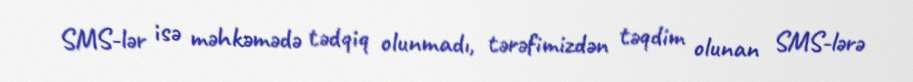
SMS-lər isə məhkəmədə tədqiq olunmadı, tərəfimizdən təqdim olunan SMS-lərə